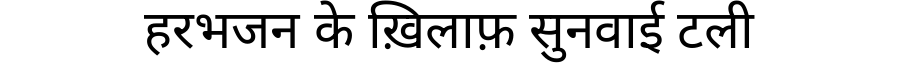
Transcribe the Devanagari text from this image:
हरभजन के ख़िलाफ़ सुनवाई टली